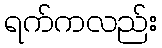
ရက်ကလည်း